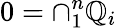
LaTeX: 0=\cap_{1}^{n}\mathbb{Q}_{i}